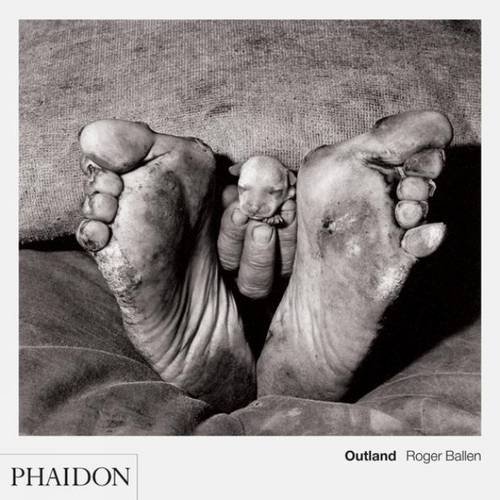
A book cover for Outland; Roger Ballen; Travel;